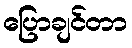
ပြောချင်တာ